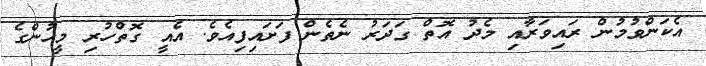
އެކަންވުމުން ރައިވަރާއި މެދު އޮތް ގަދަރު ނެތެން ފަށައިފިއެވެ. އެއީ ގޮތްހުރި މީހުންގެ